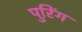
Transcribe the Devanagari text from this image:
पुरिंग